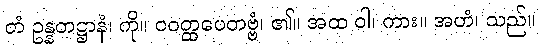
တံ ဥန္နတဋ္ဌာနံ၊ ကို။ ဝဝတ္ထပေတဗ္ဗံ၊ ၏။ အထ ဝါ၊ ကား။ အဟံ၊ သည်။